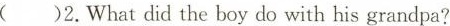
( )2.What did the boy do with his grandpa?